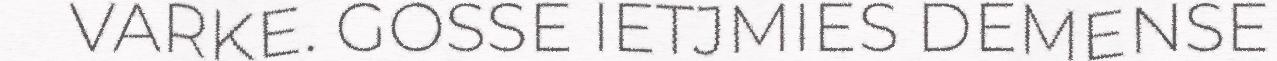
VARKE. GOSSE IETJMIES DEMENSE